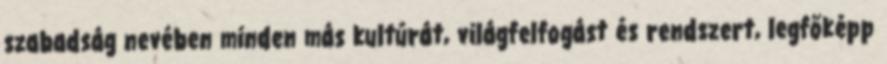
szabadság nevében minden más kultúrát, világfelfogást és rendszert, legfőképp